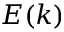
E ( k )